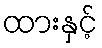
ထားနှင့်